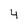
Character: 4